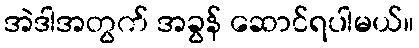
အဲဒါအတွက် အခွန် ဆောင်ရပါမယ်။